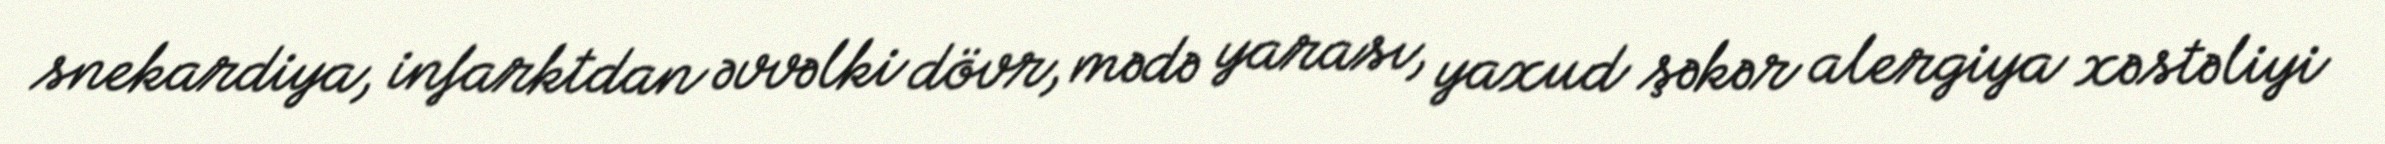
snekardiya, infarktdan əvvəlki dövr, mədə yarası, yaxud şəkər alergiya xəstəliyi